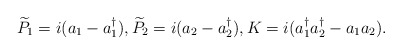
\begin{align*}\widetilde{P}_1=i(a_1-a_1^{\dagger}),\widetilde{P}_2=i(a_2-a_2^{\dagger}),K=i(a_1^{\dagger}a_2^{\dagger}-a_{1}a_{2}).\end{align*}